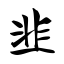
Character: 韭